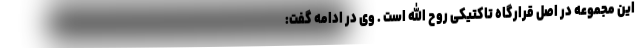
این مجموعه در اصل قرارگاه تاکتیکی روح الله است . وی در ادامه گفت: